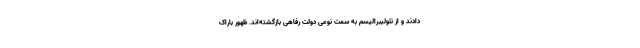
دادند و از نئولیبرالیسم به سمت نوعی دولت رفاهی بازگشته‌اند. ظهور باراک